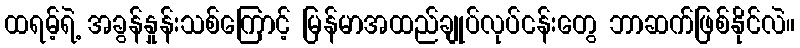
ထရမ့်ရဲ့ အခွန်နှုန်းသစ်ကြောင့် မြန်မာအထည်ချုပ်လုပ်ငန်းတွေ ဘာဆက်ဖြစ်နိုင်လဲ။